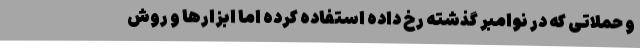
و حملاتی که در نوامبر گذشته رخ داده استفاده کرده اما ابزارها و روش